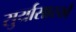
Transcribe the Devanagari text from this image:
सुर्यासारखें